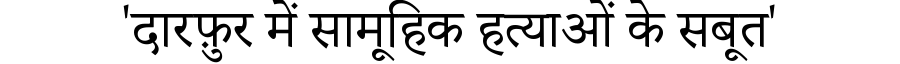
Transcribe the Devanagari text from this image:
'दारफ़ुर में सामूहिक हत्याओं के सबूत'